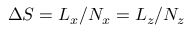
\Delta S = L _ { x } / N _ { x } = L _ { z } / N _ { z }